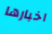
اخبارها